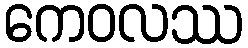
ကေဝလဿ